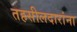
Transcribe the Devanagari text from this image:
तहसीलदारांना